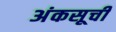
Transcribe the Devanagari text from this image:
अंकसूची